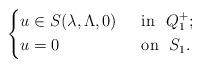
LaTeX: \begin{align*}\left\{\begin{aligned}&u\in S(\lambda,\Lambda,0)&& ~~\mbox{in}~~Q_1^+;\\&u=0&& ~~\mbox{on}~~S_1.\end{aligned}\right.\end{align*}